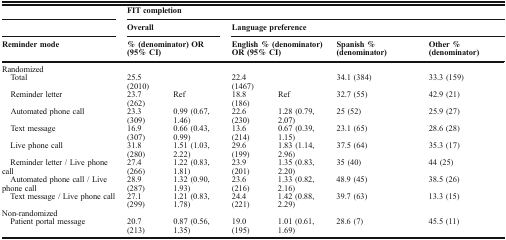
|  | <COLSPAN=6> FIT completion |
 |  | <COLSPAN=2> Overall | <COLSPAN=4> Language preference |
 | Reminder mode | <COLSPAN=2> % (denominator) OR (95% CI) | <COLSPAN=2> English % (denominator) OR (95% CI) | Spanish % (denominator) | Other % (denominator) |
 | --- | --- | --- | --- | --- | --- | --- |
 | <COLSPAN=7> Randomized |
 | Total | 25.5 (2010) |  | 22.4 (1467) |  | 34.1 (384) | 33.3 (159) |
 | Reminder letter | 23.7 (262) | Ref | 18.8 (186) | Ref | 32.7 (55) | 42.9 (21) |
 | Automated phone call | 23.3 (309) | 0.99 (0.67, 1.46) | 22.6 (230) | 1.28 (0.79, 2.07) | 25 (52) | 25.9 (27) |
 | Text message | 16.9 (307) | 0.66 (0.43, 0.99) | 13.6 (214) | 0.67 (0.39, 1.15) | 23.1 (65) | 28.6 (28) |
 | Live phone call | 31.8 (280) | 1.51 (1.03, 2.22) | 29.6 (199) | 1.83 (1.14, 2.96) | 37.5 (64) | 35.3 (17) |
 | Reminder letter / Live phone call | 27.4 (266) | 1.22 (0.83, 1.81) | 23.9 (201) | 1.35 (0.83, 2.20) | 35 (40) | 44 (25) |
 | Automated phone call / Live phone call | 28.9 (287) | 1.32 (0.90, 1.93) | 23.6 (216) | 1.33 (0.82, 2.16) | 48.9 (45) | 38.5 (26) |
 | Text message / Live phone call | 27.1 (299) | 1.21 (0.83, 1.78) | 24.4 (221) | 1.42 (0.88, 2.29) | 39.7 (63) | 13.3 (15) |
 | <COLSPAN=7> Non-randomized |
 | Patient portal message | 20.7 (213) | 0.87 (0.56, 1.35) | 19.0 (195) | 1.01 (0.61, 1.69) | 28.6 (7) | 45.5 (11) |